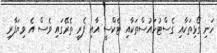
ހަނި ގޯޅިތަކާއި ގެސްޓުހައުސްތަކާއި ޓެކްސީ އާއި ފެރީ ތެރޭގައި ވެސް އެ ވިޔަފާރި